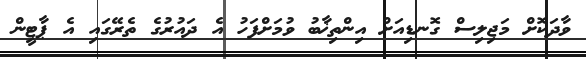
ވާދަކޮށް މަޖިލިސް ގޮނޑިއަށް އިންތިޚާބު ވުމަށްފަހު އެ ދައުރުގެ ތެރޭގައި އެ ޕާޓީން